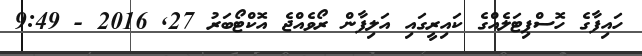
ހައިފާގެ ހޮސްޕިޓަލެއްގެ ކައިރީގައި އަލިފާން ރޯވެއްޖެ އޮކްޓޯބަރު 27